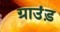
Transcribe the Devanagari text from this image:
ग्राउंड़